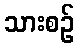
သားစဉ်